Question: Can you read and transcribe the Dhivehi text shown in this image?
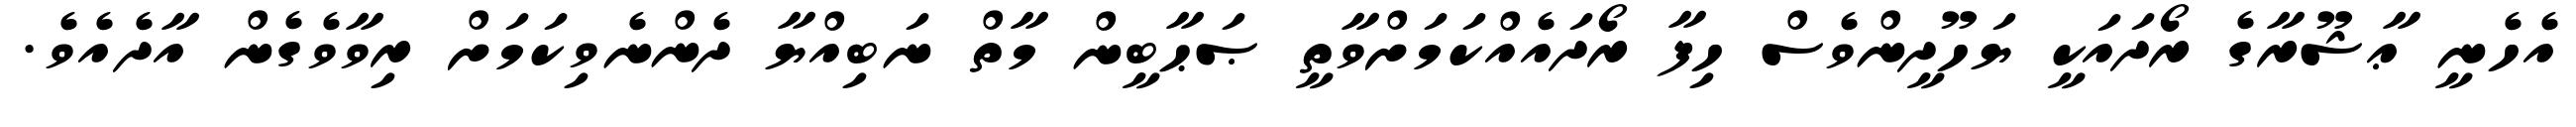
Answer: އެހެނީ ޢާޝޫރާގެ ރޯދައަކީ ޔަހޫދީންވެސް ހިފާ ރޯދައެއްކަމަށްވާތީ ޞަޙާބީން މާތް ނަބިއްޔާ ދެންނެވިކަމަށް ރިވާވެގެން އާދެއެވެ.